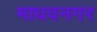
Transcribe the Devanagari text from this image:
माधवनगर